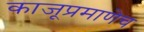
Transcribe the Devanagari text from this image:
काजूप्रमाणेच